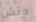
دتش